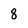
Character: 8